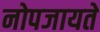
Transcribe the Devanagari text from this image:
नोपजायते